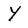
Character: Y